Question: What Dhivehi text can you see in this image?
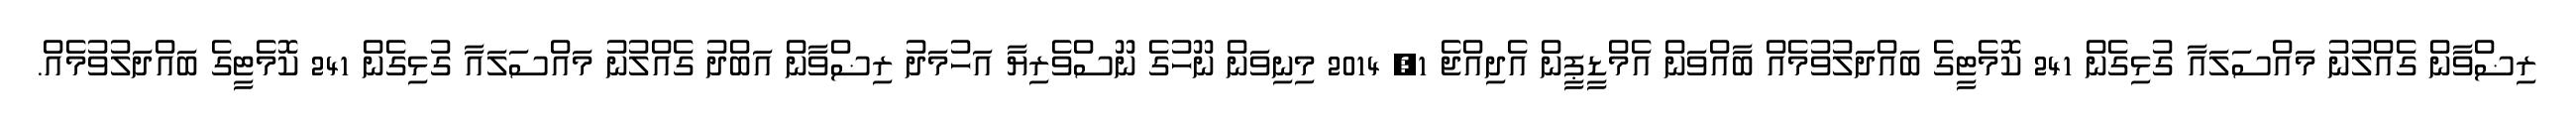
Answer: ރިޟްވާން ގެއްލުނު މައްސަލައާ ގުޅިގެން 241 ކޮމެޓީގެ ބައްދަލުވުމެއް ބާއްވަން އެމްޑީޕީން އެދިއްޖެ 1, 2014 މިނިވަން ނޫހުގެ ނޫސްވެރިޔާ އަހުމަދު ރިޟްވާން އަބްދު ގެއްލުނު މައްސަލައާ ގުޅިގެން 241 ކޮމެޓީގެ ބައްދަލުވުމެއް.